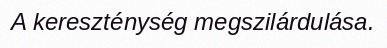
A kereszténység megszilárdulása.